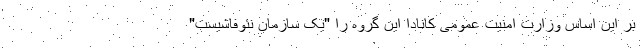
بر این اساس وزارت امنیت عمومی کانادا این گروه را "یک سازمان نئوفاشیست"